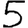
Digit: 5